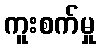
ကူးစက်မှု